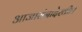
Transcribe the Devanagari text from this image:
आजारांनादेखील